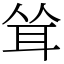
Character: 耸